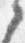
之